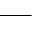
\_